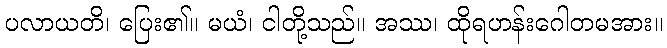
ပလာယတိ၊ ပြေး၏။ မယံ၊ ငါတို့သည်။ အဿ၊ ထိုရဟန်းဂေါတမအား။